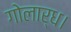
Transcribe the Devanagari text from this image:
गोलार्ध।